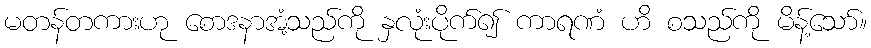
မတန်တကားဟု စောဒနာအံ့သည်ကို နှလုံးပိုက်၍ ကာရဏံ ဟိ စသည်ကို မိန့်သော်။